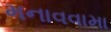
મનાવવામા